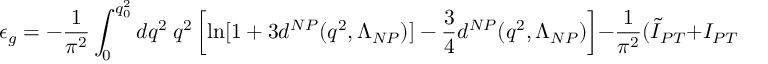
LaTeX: \epsilon _ { g } = - { \frac { 1 } { \pi ^ { 2 } } } \int _ { 0 } ^ { q _ { 0 } ^ { 2 } } d q ^ { 2 } \ q ^ { 2 } \left[ \ln [ 1 + 3 d ^ { N P } ( q ^ { 2 } , \Lambda _ { N P } ) ] - { \frac { 3 } { 4 } } d ^ { N P } ( q ^ { 2 } , \Lambda _ { N P } ) \right] - { \frac { 1 } { \pi ^ { 2 } } } ( \tilde { I } _ { P T } + I _ { P T } ) ,